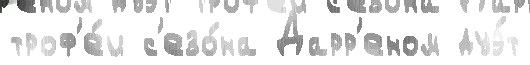
троф'е́и с'езо́на Дарр'еном дуэ́т